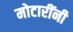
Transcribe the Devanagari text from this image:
मोटारींनी